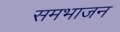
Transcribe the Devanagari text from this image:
समभाजन